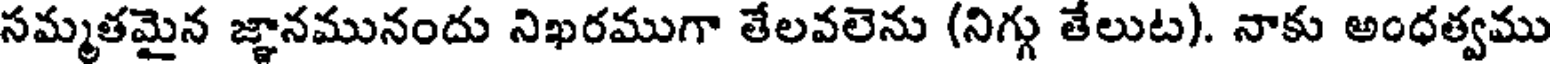
సమ్మతమైన జ్ఞానమునందు నిఖరముగా తేలవలెను (నిగ్గు తేలుట). నాకు అంధత్వము